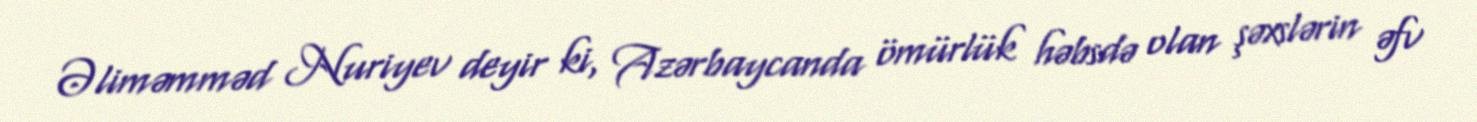
Əliməmməd Nuriyev deyir ki, Azərbaycanda ömürlük həbsdə olan şəxslərin əfv